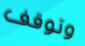
وتوقف